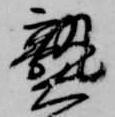
熟